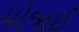
યોજાઈ